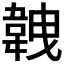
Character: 𩎥